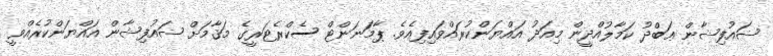
ޟައުފިޝާން ޢަބްދު ކަމާލުއްދީން މިއަދު އައްޔަންކުރައްވައިފިއެވެ. ޕާމަނަންޓް ސެކްރެޓަރީގެ މަޤާމަށް ޟައުފިޝާން އައްޔަންކުރެއްވީ